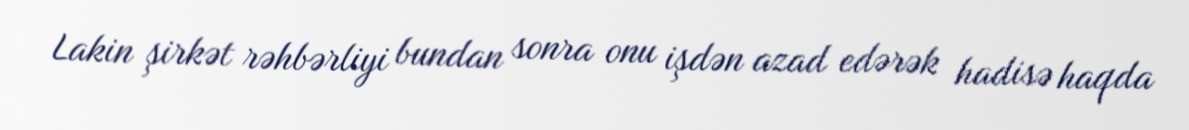
Lakin şirkət rəhbərliyi bundan sonra onu işdən azad edərək hadisə haqda